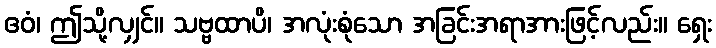
ဧဝံ၊ ဤသို့လျှင်။ သဗ္ဗထာပိ၊ အလုံးစုံသော အခြင်းအရာအားဖြင့်လည်း။ ရှေး